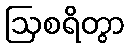
ဩစရိတွာ